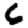
Digit: 6